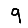
Digit: 9